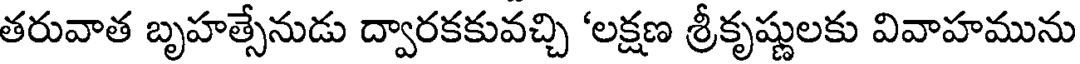
తరువాత బృహత్సేనుడు ద్వారకకువచ్చి 'లక్షణ శ్రీకృష్ణులకు వివాహమును